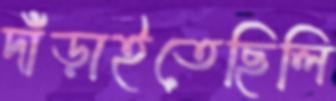
দাঁড়াইতেছিলি